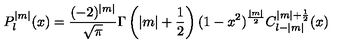
P _ { l } ^ { | m | } ( x ) = \frac { ( - 2 ) ^ { | m | } } { \sqrt { \pi } } \Gamma \left( | m | + \frac { 1 } { 2 } \right) ( 1 - x ^ { 2 } ) ^ { \frac { | m | } { 2 } } C _ { l - | m | } ^ { | m | + \frac { 1 } { 2 } } ( x )